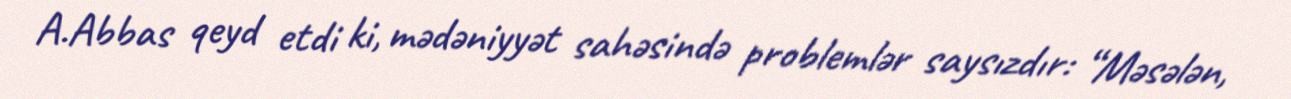
A.Abbas qeyd etdi ki, mədəniyyət sahəsində problemlər saysızdır: “Məsələn,